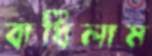
বাধিলাম